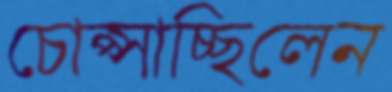
চোপ্‌সাচ্ছিলেন